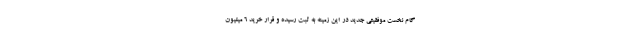
گام نخست موفقیتی جدید در این زمینه به ثبت رسیده و قرار خرید ۶ میلیون